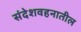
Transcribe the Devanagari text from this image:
संदेशवहनातील